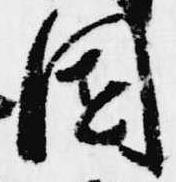
園